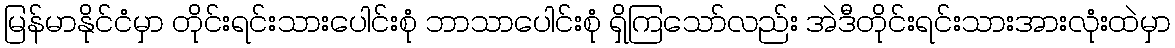
မြန်မာနိုင်ငံမှာ တိုင်းရင်းသားပေါင်းစုံ ဘာသာပေါင်းစုံ ရှိကြသော်လည်း အဲဒီတိုင်းရင်းသားအားလုံးထဲမှာ